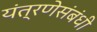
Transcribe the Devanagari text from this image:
यंत्रणेसंबंधी